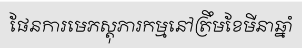
ផែនការមេភស្តុភារកម្មនៅត្រឹមខែមីនាឆ្នាំ